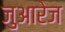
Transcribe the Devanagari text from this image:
जुआरेज